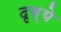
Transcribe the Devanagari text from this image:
दृव्ये